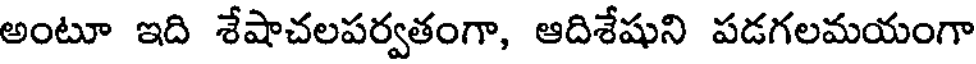
అంటూ ఇది శేషాచలపర్వతంగా, ఆదిశేషుని పడగలమయంగా